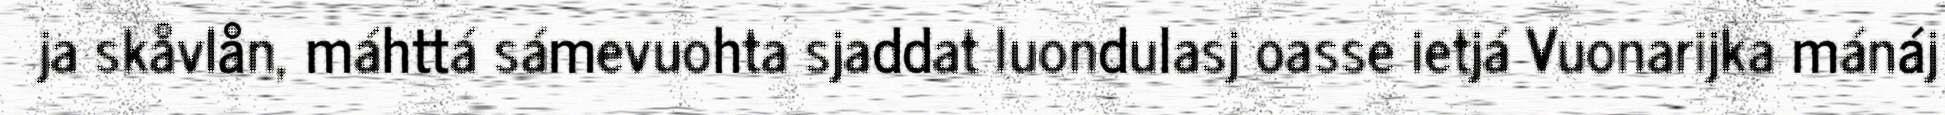
ja skåvlån, máhttá sámevuohta sjaddat luondulasj oasse ietjá Vuonarijka mánáj